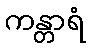
ကန္တာရံ